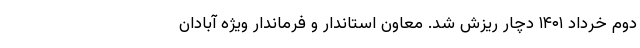
دوم خرداد ۱۴۰۱ دچار ریزش شد. معاون استاندار و فرماندار ویژه آبادان